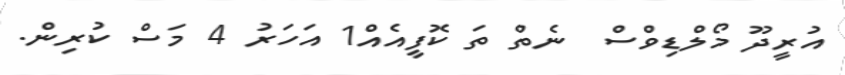
އުރީދޫ މޯލްޑިވްސް  ނެތް ތަ ކޮފީއެއް1 އަހަރު 4 މަސް ކުރިން.